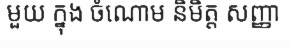
មួយ ក្នុង ចំណោម និមិត្ត សញ្ញា